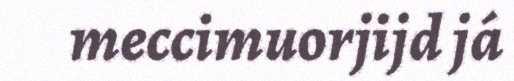
meccimuorjijd já